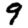
Digit: 9